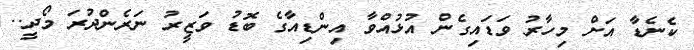
ކެނެޑާ އަށް މިހާރު ވަޑައިގެން އުޅުއްވާ އިންޑިއާގެ ބޮޑު ވަޒީރު ނަރެންދުރަ މޯދީ..